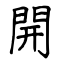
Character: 開